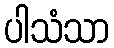
ပါသံသာ